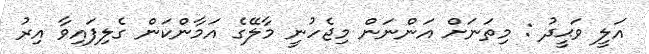
އަލީ ވަޙީދު : މިތަނަށް އަންނަން މިޖެހުނީ މާލޭގެ އަމާންކަން ގެލިފައިވާ އިރު